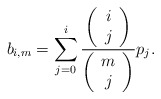
\begin{align*} b_{i,m}=\sum_{j=0}^i \frac{\left(\begin{array}{c} i \\ j\end{array}\right) }{\left(\begin{array}{c} m \\ j\end{array}\right) } p_j.\end{align*}